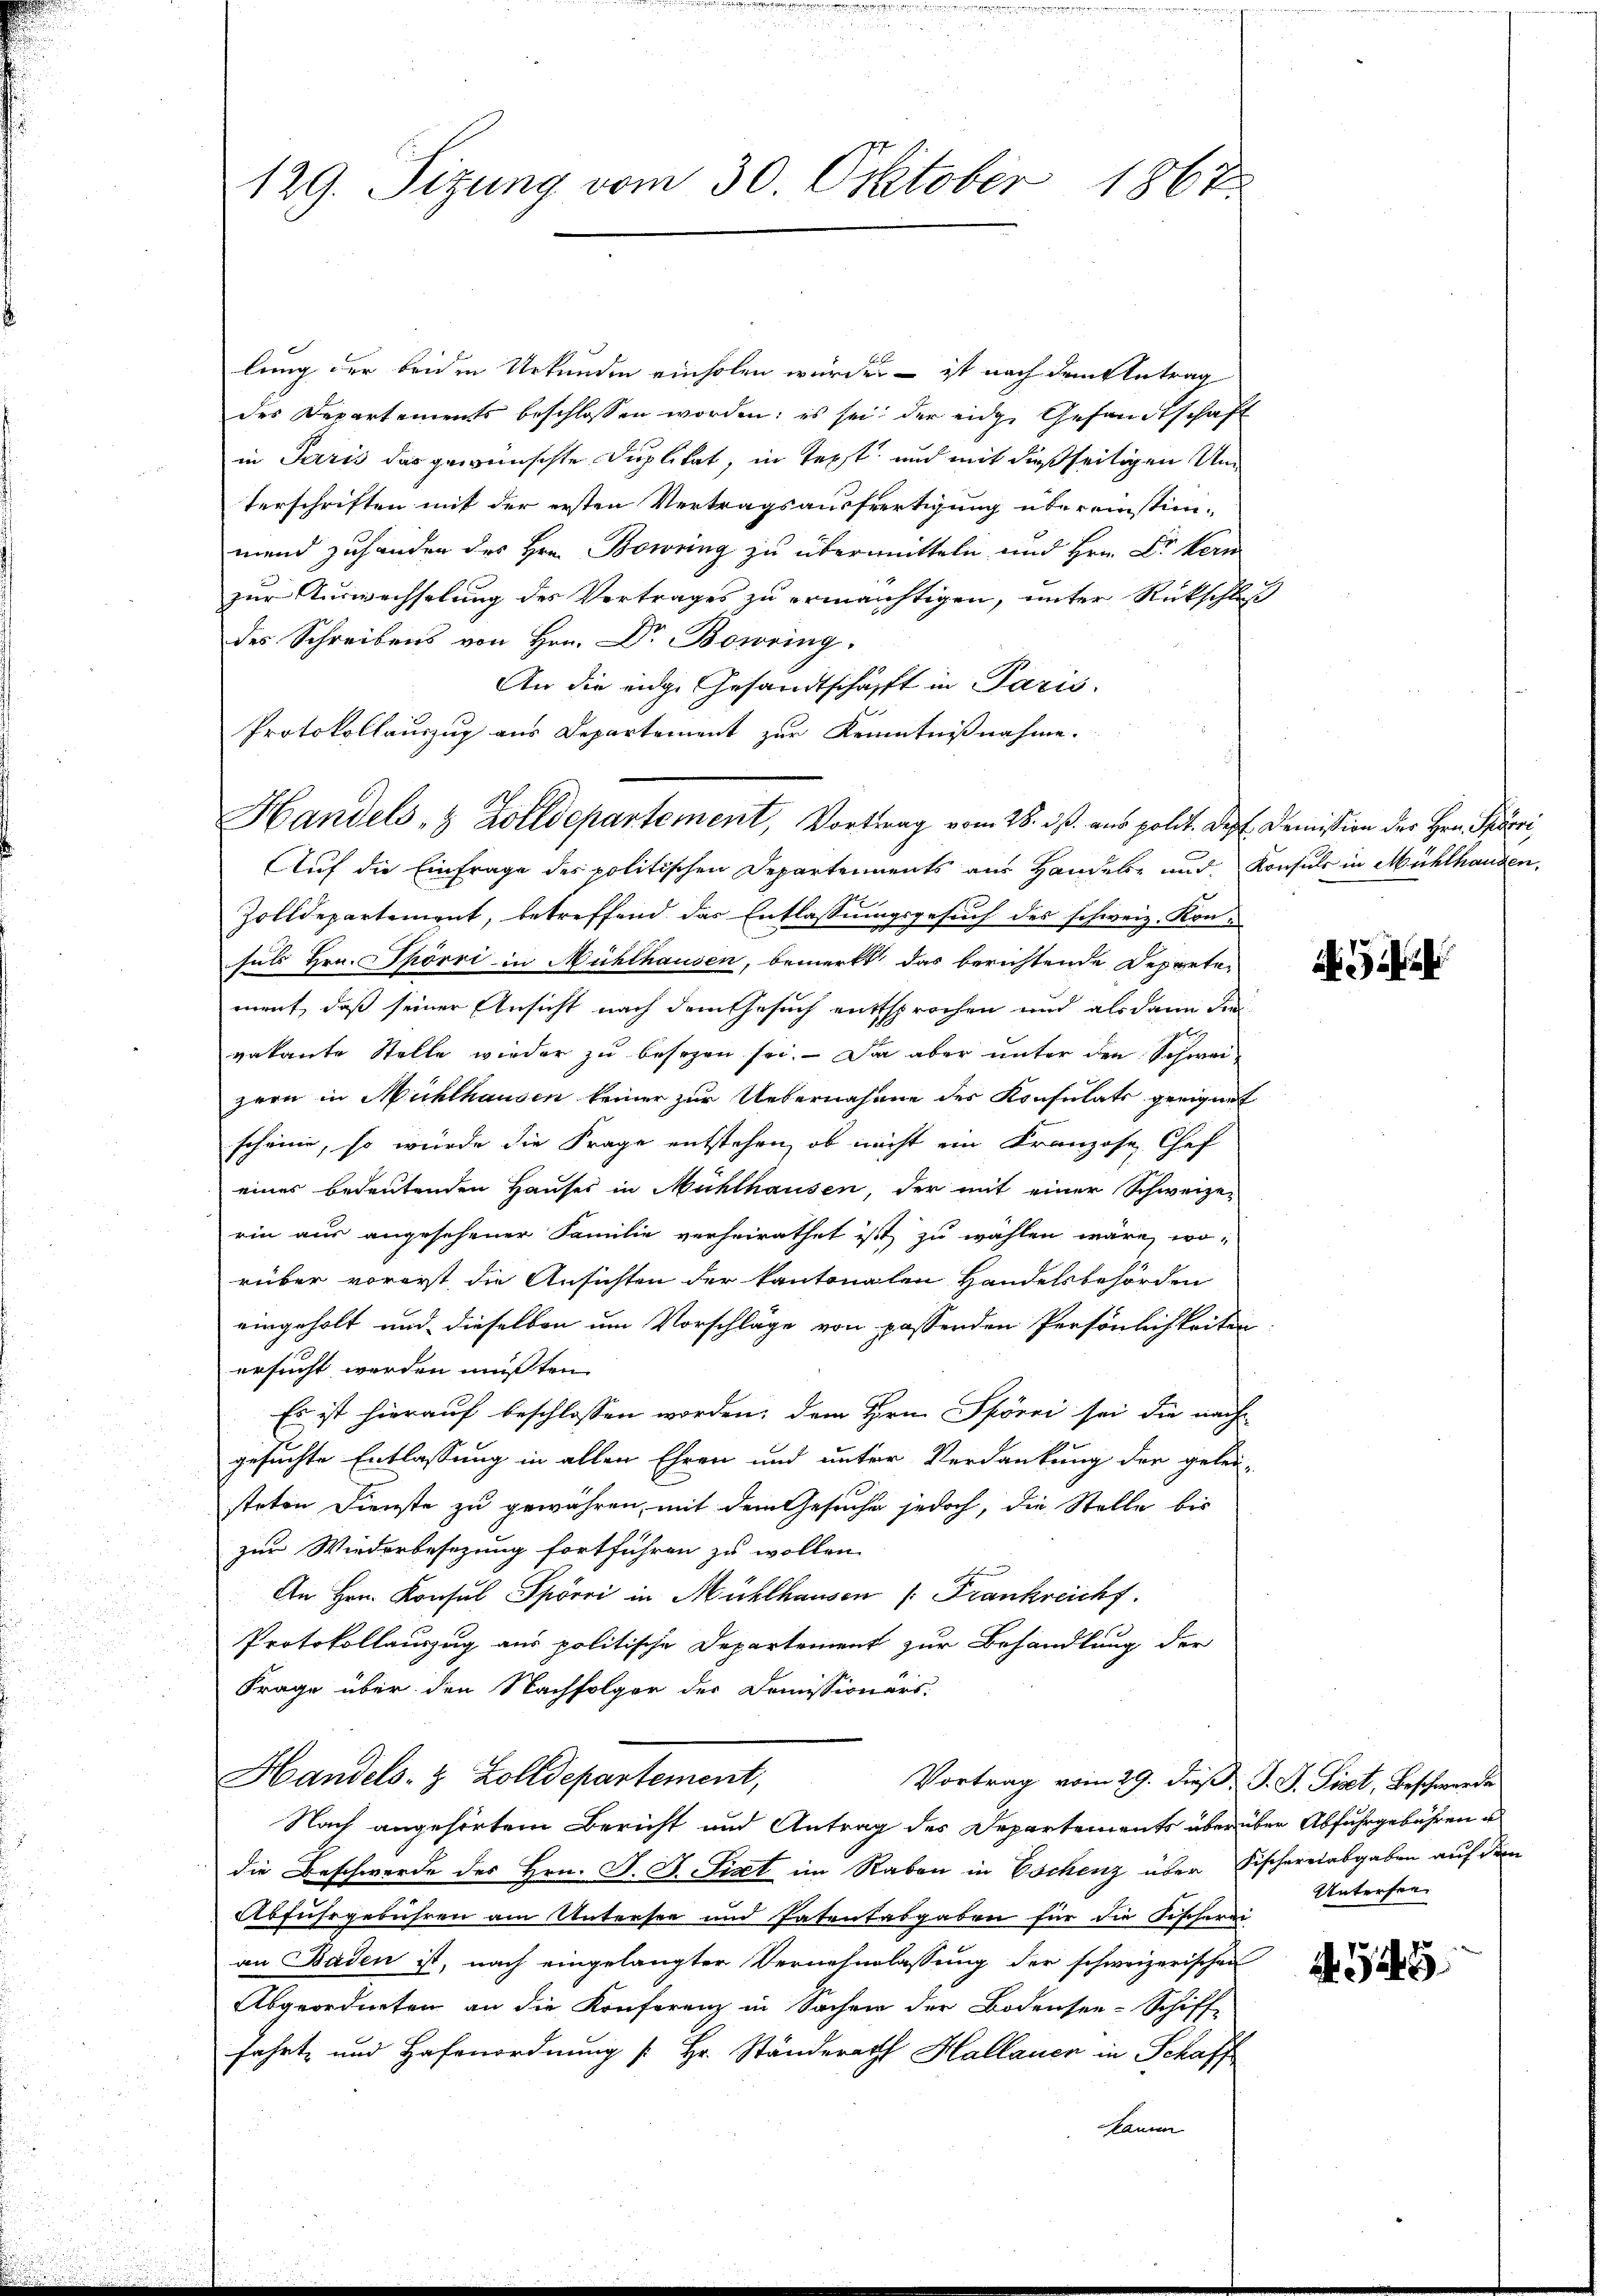
129. Sizung vom 30. Oktober 1867.

lung der beiden Urkunden einholen würde, – ist nach dem Antrag
des Departements beschlossen worden; es sei der eidge Gesandtschaft
in Paris das gewünschte Duplikat, in Text und mit dießseitigen Umn
terschriften mit der ersten Vertragsausfertigung übereinstimmend zuhanden des Hrn. Bowing zu übermitteln und Hrn. Dr Kern
zur Auswechselung des Vertrages zu ermächtigen, unter Rückschluß
des Schreibens von Hrn. Dr Bowring
An die eidg. Gesandtschafft in Paris.
Protokollauszug aus Departement zur Kenntnißnahme.
Handels- & Zolldepartement, Vortrag vom 28. ds. aus polit. Dez. Demission der Hrn. Spörri,
Auf die Einfrage des politischen Departements aus Handele und Konsuls in Mühlhausen,
Zolldepartement, betreffend das Entlassungsgesuch des schweiz. Konsuls Hrn. Thörri in Mühlhausen, bemerkt das berichtende Departe-
ment, daß seiner Ansicht nach dem Gesuch entsprochen und als dann die
vakante Stelle wieder zu besezen sei. Da aber unter den Schweizern in Mühlhausen keiner zur Uebernahme des Konsulats geeignet
scheine, so wurde die Frage entstehen, ob nicht ein Kranzose Chef
eines bedeutenden Hauses in Mühlhausen, der mit einer Schweize-
rin aus angesehener Familie verheirathet ist zu wählen wäre, wo-
rüber vorerst die Ansichten der kantonalen Handelsbehörden
eingeholt und dieselben um Vorschläge von passenden Persönlichkeiten
ersucht werden müßten.
Es ist hierauf beschlossen worden; dem Hrn. Spörri sei die nach-
gesuchte Entlassung in allen Ehren und unter Verdankung der gelei-
steten Dienste zu gewähren, mit dem Gesuche jedoch, die Stelle bis
zur Wiederbesezung fortführen zu wollen.
An Hrn. Konsul Spörri in Mühlhausen /: Frankreichf
Protokollauszug aus politische Departement zur Behandlung der
Frage über den Nachfolger der Domissionärs.
Handels- & Zolldepartement,
Vortrag vom 29. dieß: J. J. Piet, Beschwerde
Nach angehörtem Bericht und Antrag des Departements über über Abfuhrgebühren u
die Beschwerde des Hrn. F. J. Sixt im Raben in Eschenz über Fischereiabgaben auf dem
Abfuhrgebühren am Untersee und Patentabgaben für die Fischerei
an Baden ist, nach eingelangter Vernehmlassung der schweizerischen
Abgeordneten an die Konferenz in Sachen der Bodensee-Schiff
fahrt und Hafenordnung [Hr. Ständerath Hallauen in Schaff
kamm

Untersee

34